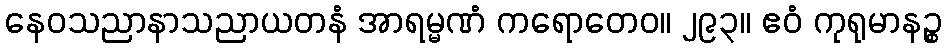
နေဝသညာနာသညာယတနံ အာရမ္မဏံ ကရောတေဝ။ ၂၉၃။ ဧဝံ ကုရုမာနဉ္စ